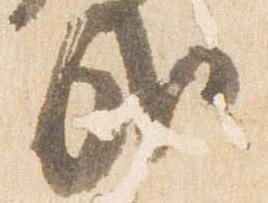
哉